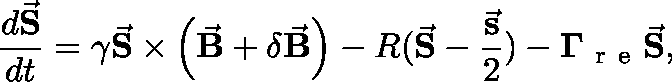
\frac { d \vec { \mathbf { S } } } { d t } = \gamma \vec { \mathbf { S } } \times \left( \vec { \mathbf { B } } + \delta \vec { \mathbf { B } } \right) - R ( \vec { \mathbf { S } } - \frac { \vec { \mathbf { s } } } { 2 } ) - \mathbf { \Gamma _ { \mathrm { ~ r ~ e ~ } } } \vec { \mathbf { S } } ,